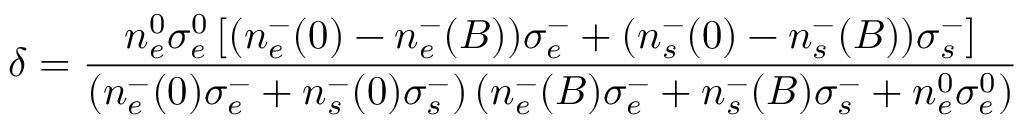
\delta = \frac { n _ { e } ^ { 0 } \sigma _ { e } ^ { 0 } \left[ ( n _ { e } ^ { - } ( 0 ) - n _ { e } ^ { - } ( B ) ) \sigma _ { e } ^ { - } + ( n _ { s } ^ { - } ( 0 ) - n _ { s } ^ { - } ( B ) ) \sigma _ { s } ^ { - } \right] } { \left( n _ { e } ^ { - } ( 0 ) \sigma _ { e } ^ { - } + n _ { s } ^ { - } ( 0 ) \sigma _ { s } ^ { - } \right) \left( n _ { e } ^ { - } ( B ) \sigma _ { e } ^ { - } + n _ { s } ^ { - } ( B ) \sigma _ { s } ^ { - } + n _ { e } ^ { 0 } \sigma _ { e } ^ { 0 } \right) }